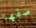
صفها